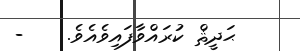
ޙަދީޘް ކުރައްވާފައިވެއެވެ.    -